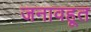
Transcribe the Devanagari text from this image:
जनावहूत